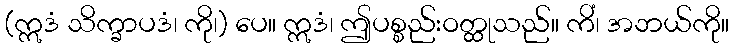
(ဣဒံ သိက္ခာပဒံ၊ ကို၊) ပေ။ ဣဒံ၊ ဤပစ္စည်းဝတ္ထုသည်။ ကိံ၊ အဘယ်ကို။